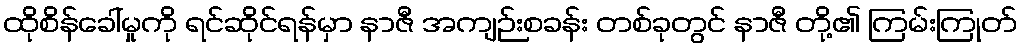
ထိုစိန်ခေါ်မှုကို ရင်ဆိုင်ရန်မှာ နာဇီ အကျဉ်းစခန်း တစ်ခုတွင် နာဇီ တို့၏ ကြမ်းကြုတ်